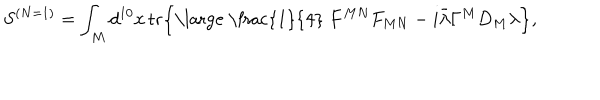
S ^ { ( N = 1 ) } = \int _ { M } d ^ { 1 0 } x \, \mathrm { t r } \Bigr \{ \mathrm { \large ~ \frac { 1 } { 4 } ~ } F ^ { M N } F _ { M N } - i \bar { \lambda } \Gamma ^ { M } D _ { M } \lambda \Bigr \} ,